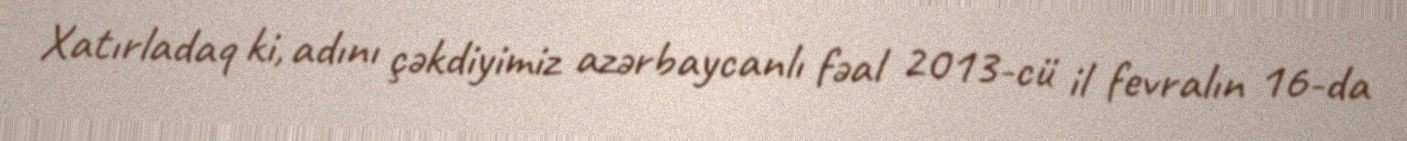
Xatırladaq ki, adını çəkdiyimiz azərbaycanlı fəal 2013-cü il fevralın 16-da